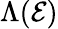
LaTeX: \Lambda(\mathcal{E})